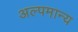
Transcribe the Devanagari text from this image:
अल्पमान्य